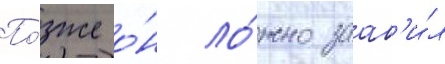
По́зже о́н ло́жно заав'и́л